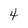
Character: 4